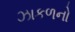
ઝાકળનો